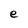
Character: e